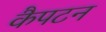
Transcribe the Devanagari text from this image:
कैपटन